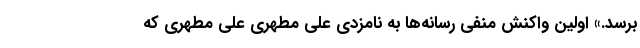
برسد.» اولین واکنش منفی رسانه‌ها به نامزدی علی مطهری علی مطهری که